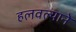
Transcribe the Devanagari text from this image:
हलवल्याने